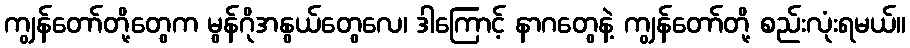
ကျွန်တော်တို့တွေက မွန်ဂိုအနွယ်တွေလေ၊ ဒါကြောင့် နာဂတွေနဲ့ ကျွန်တော်တို့ စည်းလုံးရမယ်။